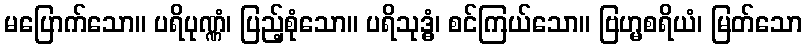
မပြောက်သော။ ပရိပုဏ္ဏံ၊ ပြည့်စုံသော။ ပရိသုဒ္ဓံ၊ စင်ကြယ်သော။ ဗြဟ္မစရိယံ၊ မြတ်သော